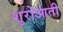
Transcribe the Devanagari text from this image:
शुरोआती